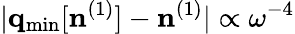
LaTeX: \vert{\mathbf q}_{\mathrm{min}}[{\mathbf n}^{(1)}]-{\mathbf n}^{(1)}\vert\propto\omega^{-4}